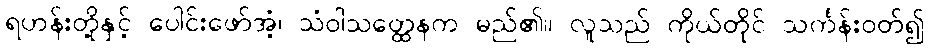
ရဟန်းတို့နှင့် ပေါင်းဖော်အံ့၊ သံဝါသတ္ထေနက မည်၏။ လူသည် ကိုယ်တိုင် သင်္ကန်းဝတ်၍